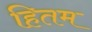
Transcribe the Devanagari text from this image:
हितम